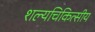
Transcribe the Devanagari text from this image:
शल्यचिकित्सीय